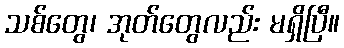
သစ်တွေ၊ အုတ်တွေလည်း မရှိပြီ။